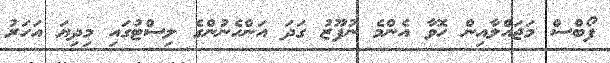
ފޯބްސް މަޖައްލާއިން ހޮވާ އެންމެ ނުފޫޒު ގަދަ އަންހެނުންގެ ލިސްޓުގައި މިދިޔަ އަހަރު